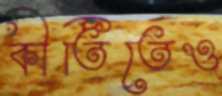
কীর্তিতেও